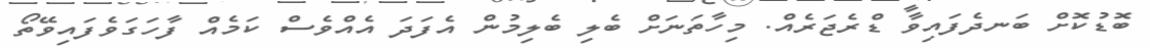
ބޮޑުކޮށް ބަނދެފައިވާ ޑްރެޖަރެއް. މިހާތަނަށް ބެލި ބެލިމުން އެފަދަ އެއްވެސް ކަމެއް ފާހަގަވެފައިވޭތޯ